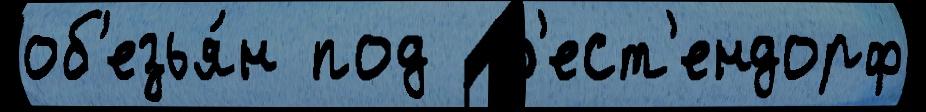
об'езья́н под  В'ест'ендорф